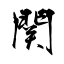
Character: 関